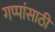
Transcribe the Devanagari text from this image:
गप्पांसाठी